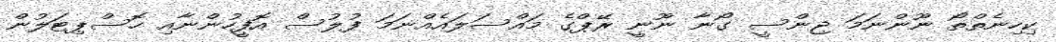
ކިހިނެތްތޯ ނޫންނަމަ ޖިންސީ ގޯނާ ނޫނީ ރޭޕްގެ މައްސަލައެއްނަމަ ފުލުސް އޮފީހުންނާއި ހޮސްޕިޓަލުން